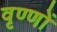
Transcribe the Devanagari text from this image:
वृण्णों